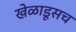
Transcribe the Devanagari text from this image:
खेळाडूसच